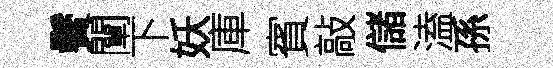
鬢闡下妖庫賓敲儲溘孫